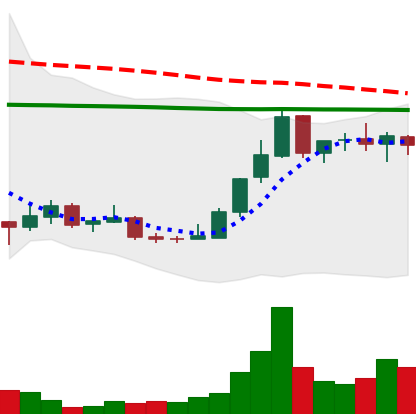
Ticker: LINK-USD
Chart end date: 2018-12-26
Forward return: -5.897%
Label: down_5_7